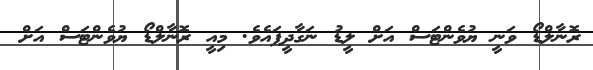
ރޮނާލްޑޯ ވަނީ ޔުވެންޓަސް އަށް ލީޑު ނަގާދީފައެވެ. މިއީ ރޮނާލްޑޯ ޔުވެންޓަސް އަށް